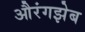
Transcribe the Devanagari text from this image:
औरंगझेब